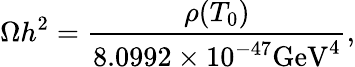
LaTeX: \Omega h^{2}=\frac{\rho(T_{0})}{8.0992\times 10^{-47}\mathrm{GeV}^{4}},